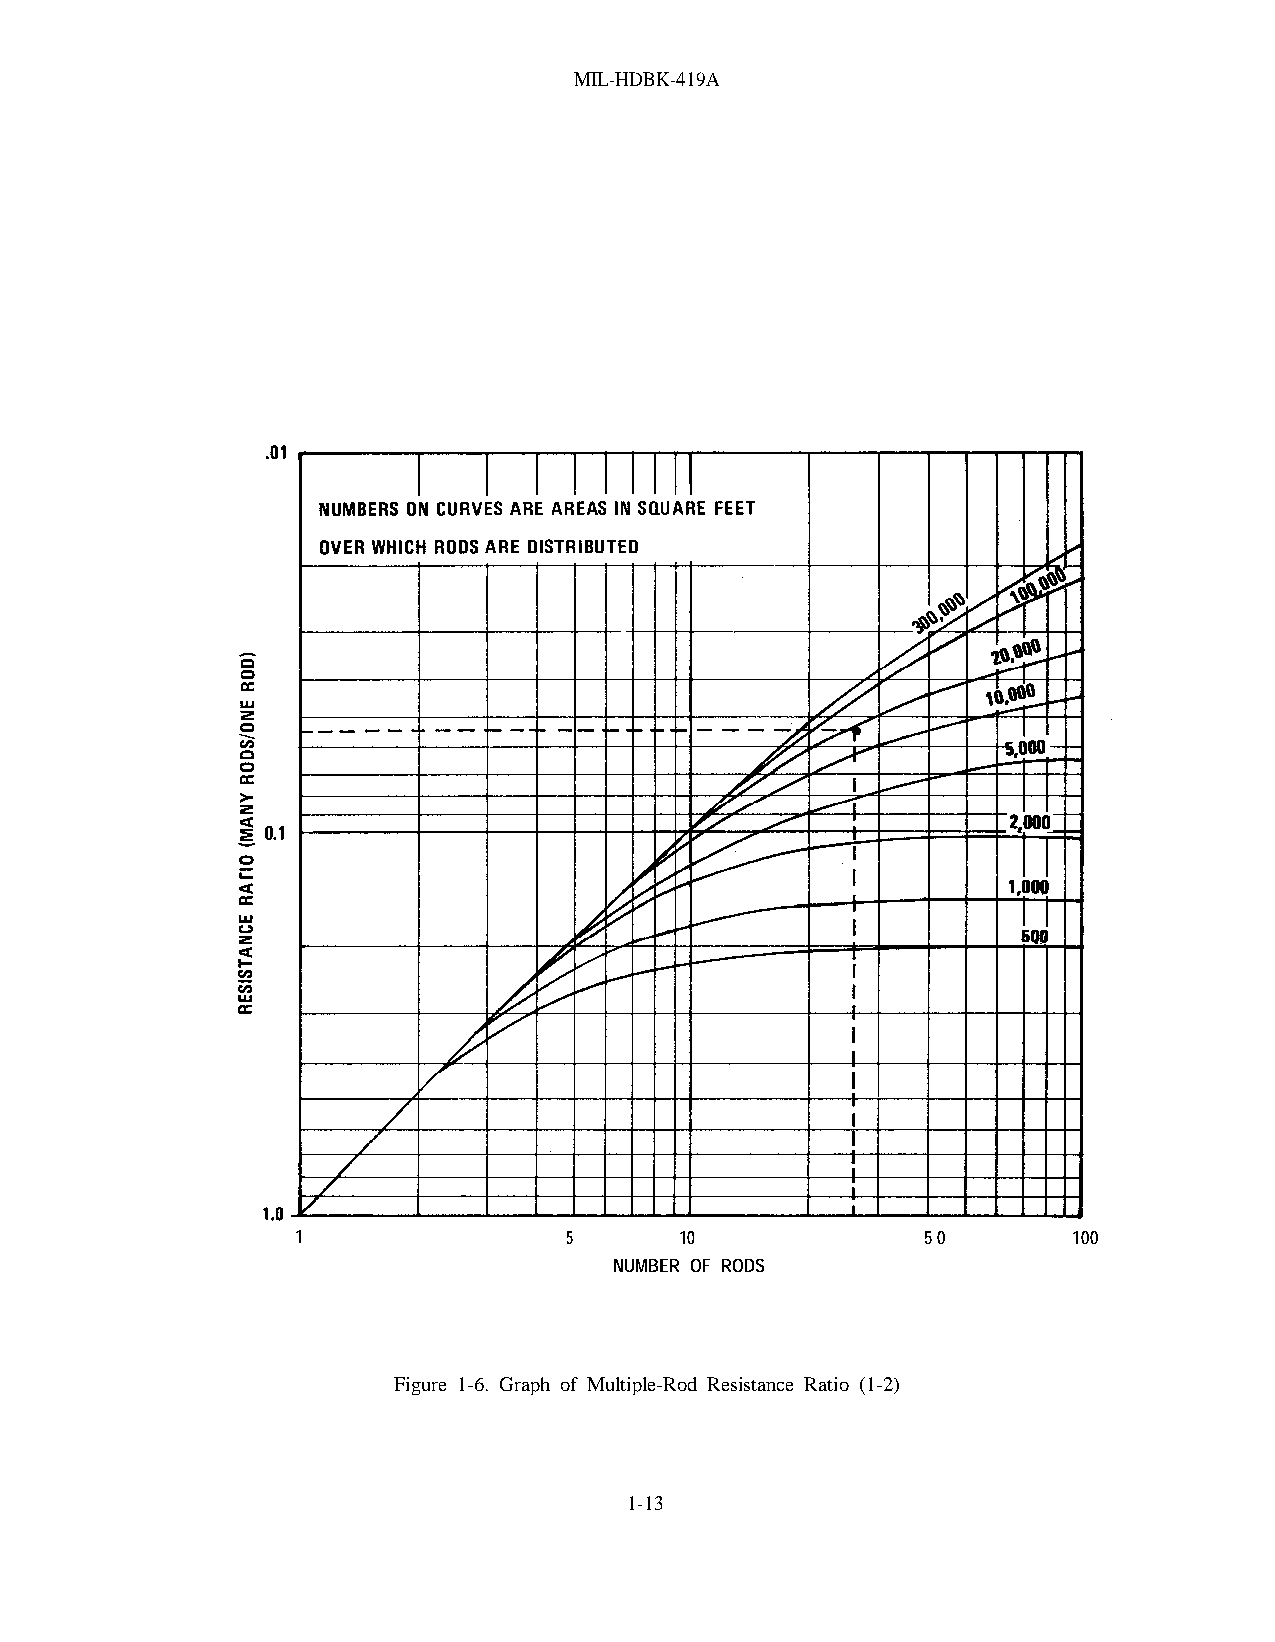
MIL-HDBK-419A
 1                5       10              50        100
 NUMBER OF RODS
 Figure 1-6. Graph of Multiple-Rod Resistance Ratio (1-2)
 1-13